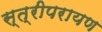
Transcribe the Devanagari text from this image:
स्त्रीपरायण